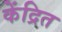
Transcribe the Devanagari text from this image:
केंद्रित